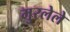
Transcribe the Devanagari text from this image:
मुरलेले